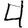
Digit: 4